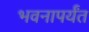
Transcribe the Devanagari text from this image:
भवनापर्यंत